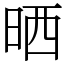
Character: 晒